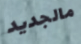
مالجديد